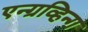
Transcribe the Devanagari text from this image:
एन्ग्रव्हिन्ग